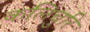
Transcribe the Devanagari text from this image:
कलिचुरि